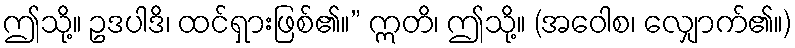
ဤသို့။ ဥဒပါဒိ၊ ထင်ရှားဖြစ်၏။” ဣတိ၊ ဤသို့။ (အဝေါစ၊ လျှောက်၏။)